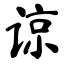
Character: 谅